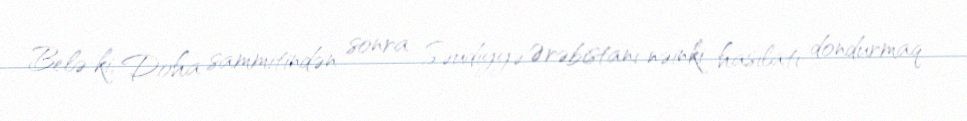
Belə ki, Doha sammitindən sonra Səudiyyə Ərəbistanı nəinki hasilatı dondurmaq